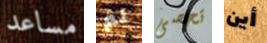
مساعد لم تحصى أين